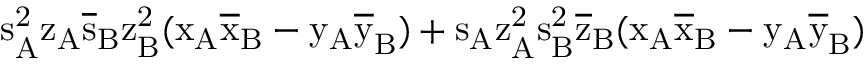
\mathrm { s _ { A } ^ { 2 } \mathrm { z _ { A } \mathrm { \overline { { s } } _ { B } \mathrm { z _ { B } ^ { 2 } ( \mathrm { x _ { A } \mathrm { \overline { { x } } _ { B } - \mathrm { y _ { A } \mathrm { \overline { { y } } _ { B } ) + \mathrm { s _ { A } \mathrm { z _ { A } ^ { 2 } \mathrm { s _ { B } ^ { 2 } \mathrm { \overline { { z } } _ { B } ( \mathrm { x _ { A } \mathrm { \overline { { x } } _ { B } - \mathrm { y _ { A } \mathrm { \overline { { y } } _ { B } ) } } } } } } } } } } } } } } } }